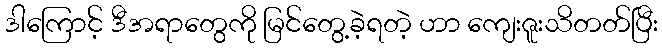
ဒါကြောင့် ဒီအရာတွေကို မြင်တွေ့ခဲ့ရတဲ့ ဟာ ကျေးဇူးသိတတ်ပြီး